Report on vaccination North-West Frontier Province 1904-1922 - 1904-1922
Year: 1904
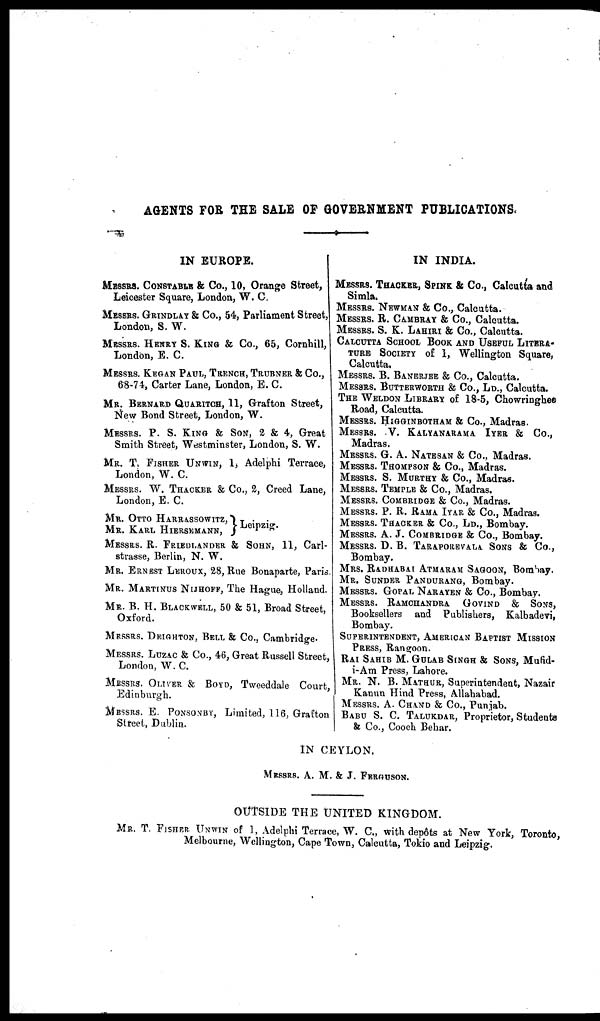
AGENTS FOR THE SALE OF GOVERNMENT PUBLICATIONS.
IN EUROPE.
MESSRS. CONSTABLE & Co., 10, Orange Street,
Leicester Square, London, W. C.
MESSRS. GRINDLAY & Co., 54, Parliament Street,
London, S. W.
MESSRS. HENRY S. KING & Co., 65, Cornhill,
London, E. C.
MESSRS. KEGAN PAUL, TRENCH, TRUBNER & Co.,
68-74, Carter Lane, London, E. C.
MR. BERNARD QUARITCH, 11, Grafton Street,
New Bond Street, London, W.
MESSRS. P. S. KING & SON, 2 & 4, Great
Smith Street, Westminster, London, S. W.
MR. T. FISHER UNWIN, 1, Adelphi Terrace,
London, W. C.
MESSRS. W. THACKER & Co., 2, Creed Lane,
London, E. C.
MR. OTTO HARRASSOWITZ,
MR. KARL HIERSKMANN,
Leipzig.
MESSRS. R. FRIEDLANDER & SOHN, 11, Carl¬
strasse, Berlin, N. W.
MR. ERNEST LEROUX, 28, Rue Bonaparte, Paris.
MR. MARTINUS NIJHOFF, The Hague, Holland.
MR. B. H. BLACKWELL, 50 & 51, Broad Street,
Oxford.
MESSRS. DEIGHTON, BELL & Co., Cambridge.
MESSRS. LUZAC & Co., 46, Great Russell Street,
London, W. C.
MESSRS. OLIVER & BOYD, Tweeddale Court,
Edinburgh.
MESSRS. E. PONSONBY, Limited, 116, Grafton
Street, Dublin.
IN INDIA.
MESSRS. THACKER, SPINK & Co., Calcutta and
Simla.
MESSRS. NEWMAN & Co., Calcutta.
MESSRS. R. CAMBRAY & Co., Calcutta.
MESSRS. S. K. LAHIRI & Co., Calcutta.
CALCUTTA SCHOOL BOOK AND USEFUL LITERA-
---- SOCIETY of 1, Wellington Square,
Calcutta.
MESSRS. B. BANERJEE & Co., Calcutta.
MESSRS. BUTTERWORTH & Co., LD., Calcutta.
THE WELDON LIBRARY of 18-5, Chowringhee
Road, Calcutta.
MESSRS. HIGGINBOTHAM & Co., Madras.
MESSRS. V. KALYANARAMA IYER & Co.,
Madras.
MESSRS. G. A. NATESON & Co., Madras.
MESSRS. THOMPSON & Co., Madras.
MESSRS. S. MURTHY & Co., Madras.
MESSRS. TEMPLE & Co., Madras.
MESSRS. COMBRIDGE & Co., Madras.
MESSRS. P. R. RAMA IYAR & Co., Madras.
MESSRS. THACKER & Co., LD., Bombay.
MESSRS. A. J. COMBRIDGE & Co., Bombay.
MESSRS. D. B. TARAPOREVALA SONS & Co.,
Bombay.
MRS. RADHABAI ATMARAM SAGOON, Bombay.
MR. SUNDER PANDURANG, Bombay.
MESSRS. GOPAL NARAYAN & Co., Bombay.
MESSRS. RAMCHANDRA GOVIND & SONS,
Booksellers and Publishers, Kalbadevi,
Bombay.
SUPERINTENDENT, AMERICAN BAPTIST MISSION
PRESS, Rangoon.
RAI SAHIB M. GULAB SINGH & SONS, Mufid¬
i-Am Press, Lahore.
MR. N. B. MATHUR, Superintendent, Nazair
Kanun Hind Press, Allahabad.
MESSRS. A. CHAND & Co., Punjab.
BABU S. C. TALUKDAR, Proprietor, Students
& Co., Cooch Behar.
IN CEYLON.
MESSRS. A. M. & J. FERGUSON.
OUTSIDE THE UNITED KINGDOM.
MR. T. FISHER UNWIN of 1, Adelphi Terrace, W. C., with depôts at New York, Toronto,
Melbourne, Wellington, Cape Town, Calcutta, Tokio and Leipzig.